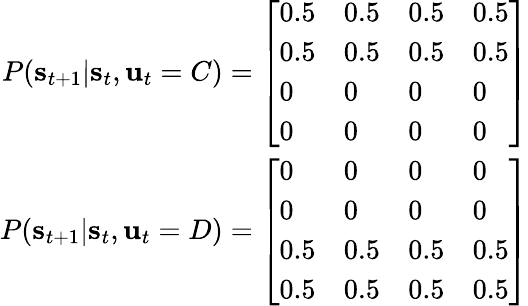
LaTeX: \begin{array}{r}{P(\textbf{s}_{t+1}|\textbf{s}_{t},\textbf{u}_{t}=C)=\left[\begin{array}{llll}{0.5}&{0.5}&{0.5}&{0.5}\\ {0.5}&{0.5}&{0.5}&{0.5}\\ {0}&{0}&{0}&{0}\\ {0}&{0}&{0}&{0}\end{array}\right]}\\ {P(\textbf{s}_{t+1}|\textbf{s}_{t},\textbf{u}_{t}=D)=\left[\begin{array}{llll}{0}&{0}&{0}&{0}\\ {0}&{0}&{0}&{0}\\ {0.5}&{0.5}&{0.5}&{0.5}\\ {0.5}&{0.5}&{0.5}&{0.5}\end{array}\right]}\end{array}